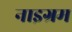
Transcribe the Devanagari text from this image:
नाइग्रम